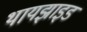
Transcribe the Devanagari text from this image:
थायझाइड